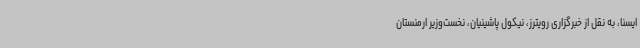
ایسنا، به نقل از خبرگزاری رویترز، نیکول پاشینیان، نخست‌وزیر ارمنستان